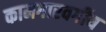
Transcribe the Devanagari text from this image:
कामगारवर्गीय